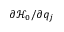
\partial \mathcal { H } _ { 0 } / \partial q _ { j }